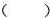
( )